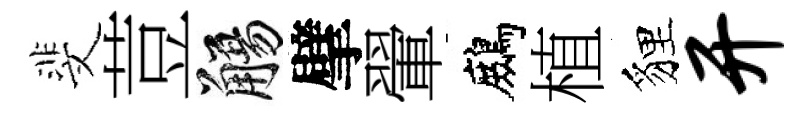
斐荳觴擘翬鷓植貍开